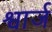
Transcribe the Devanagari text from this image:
श्वार्ज